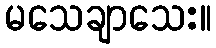
မသေချာသေး။